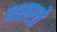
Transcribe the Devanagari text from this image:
घसरते